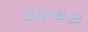
ધકવાડા